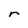
Character: r